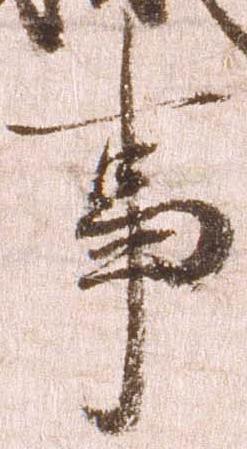
事